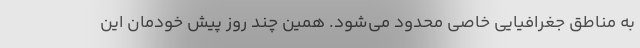
به مناطق جغرافیایی خاصی محدود می‌شود. همین چند روز پیش خودمان این